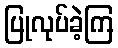
ပြုလုပ်ခဲ့ကြ